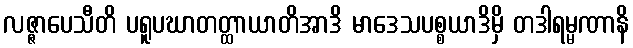
လဇ္ဇာပေသီတိ ပရူပဃာတတ္ထာယာတိအာဒိ မာဒေသပစ္စယာဒိမှိ တဒါရမ္မဏာနိ